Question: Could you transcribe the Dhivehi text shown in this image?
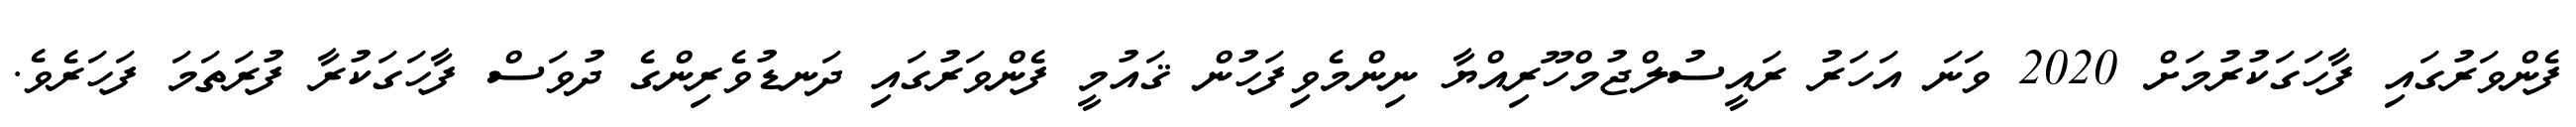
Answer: ފެންވަރުގައި ފާހަގަކުރުމަށް 2020 ވަނަ އަހަރު ރައީސުލްޖުމްހޫރިއްޔާ ނިންމެވިފަހުން ޤައުމީ ފެންވަރުގައި ދަނޑުވެރިންގެ ދުވަސް ފާހަގަކުރާ ފުރަތަމަ ފަހަރެވެ.